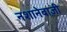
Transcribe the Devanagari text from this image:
नशानेबाज़ी